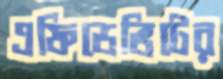
এফিডেভিটের